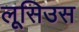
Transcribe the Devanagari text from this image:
लूसिउस